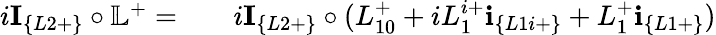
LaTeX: \begin{array}{rlr}{i\textbf{I}_{\{ L2+\} }\circ\mathbb{L}^{+}=}&{{}}&{i\textbf{I}_{\{ L2+\} }\circ(L_{10}^{+}+iL_{1}^{i+}\textbf{i}_{\{ L1i+\} }+L_{1}^{+}\textbf{i}_{\{ L1+\} })}\end{array}